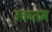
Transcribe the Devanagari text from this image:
उचच्तम